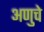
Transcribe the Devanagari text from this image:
अणुचे